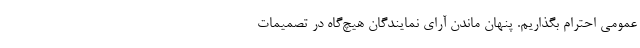
عمومی احترام بگذاریم. پنهان ماندن آرای نمایندگان هیچ‌گاه در تصمیمات